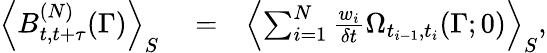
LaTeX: \begin{array}{rlr}{\left<B_{t,t+\tau}^{(N)}(\Gamma)\right>_{S}}&{{}=}&{\left<\sum_{i=1}^{N}\frac{w_{i}}{\delta t}\Omega_{t_{i-1},t_{i}}(\Gamma;0)\right>_{S},}\end{array}